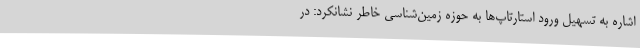
اشاره به تسهیل ورود استارتاپ‌ها به حوزه زمین‌شناسی خاطر نشانکرد: در